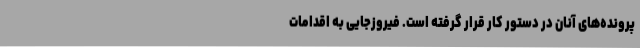
پرونده‌های آنان در دستور کار قرار گرفته است. فیروزجایی به اقدامات